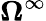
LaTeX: \mathbf{\Omega}^{\infty}